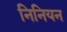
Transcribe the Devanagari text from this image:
निनियन